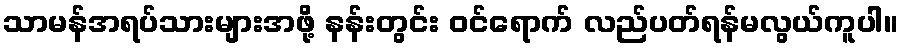
သာမန်အရပ်သားများအဖို့ နန်းတွင်း ဝင်ရောက် လည်ပတ်ရန်မလွယ်ကူပါ။